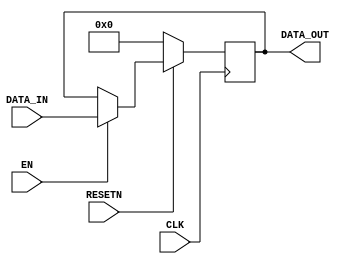
`timescale 1ns/1ps

module reg_16 (CLK, EN, RESETN, DATA_IN, DATA_OUT);	
	parameter n = 16;	
	input CLK; 										 
	input EN;
	input RESETN;
	input [n-1:0] DATA_IN; 		// 16-bit input data
	output reg [n-1:0] DATA_OUT;	// 16-bit output data

	always @(posedge CLK)
	begin
		if(RESETN == 0)
			DATA_OUT <= 0;
		else if (EN == 1)
			DATA_OUT <= DATA_IN;

	end
	
endmodule